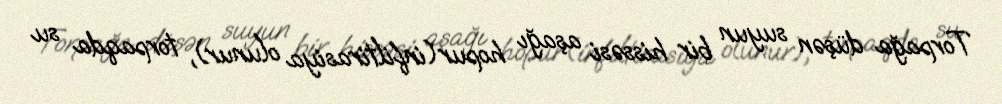
Torpağa düşən suyun bir hissəsi aşağı hopur(infiltirasiya olunur), torpaqda su